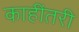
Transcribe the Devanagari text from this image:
काहींतरी